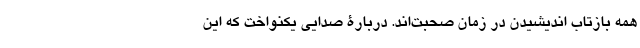
همه بازتاب اندیشیدن در زمان صحبت‌اند. دربارۀ صدایی یکنواخت که این